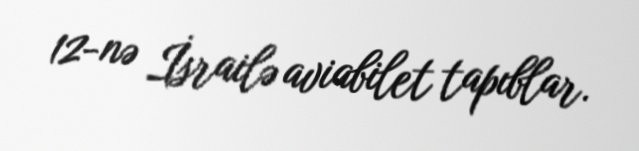
12-nə İsrailə aviabilet tapıblar.